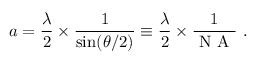
a = \frac { \lambda } { 2 } \times \frac { 1 } { \sin ( \theta / 2 ) } \equiv \frac { \lambda } { 2 } \times \frac { 1 } { \mathrm { ~ N ~ A ~ } } ~ .